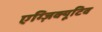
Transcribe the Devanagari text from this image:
एग्ज़िक्यूटिव